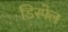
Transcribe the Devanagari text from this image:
डिस्पेल